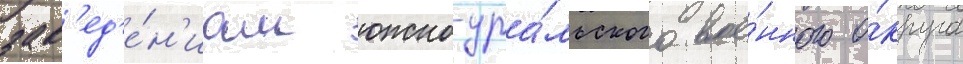
зав'ед'е́н'иам южно-ура́льского вое́нного о́круга